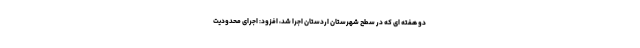
دو هفته ای که در سطح شهرستان اردستان اجرا شد، افزود: اجرای محدودیت